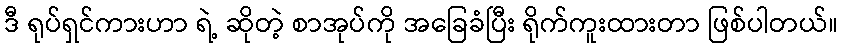
ဒီ ရုပ်ရှင်ကားဟာ ရဲ့ ဆိုတဲ့ စာအုပ်ကို အခြေခံပြီး ရိုက်ကူးထားတာ ဖြစ်ပါတယ်။